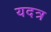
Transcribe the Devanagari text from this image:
यदत्र